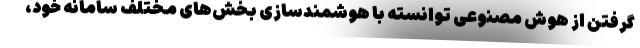
گرفتن از هوش مصنوعی توانسته با هوشمندسازی بخش‌های مختلف سامانه خود،